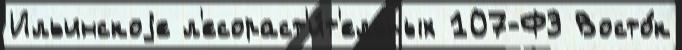
Ильинскоjе л'есораст'и́т'ельных 107-ФЗ Восто́к